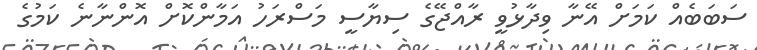
ސަބަބެއް ކަމަށް އޭނާ ވިދާޅުވީ ރާއްޖޭގެ ސިޔާސީ މަސްރަހު އަމާންކޮށް އޮންނާނެ ކަމުގެ